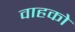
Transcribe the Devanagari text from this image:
वाहको